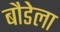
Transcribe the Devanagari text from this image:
बौडेला